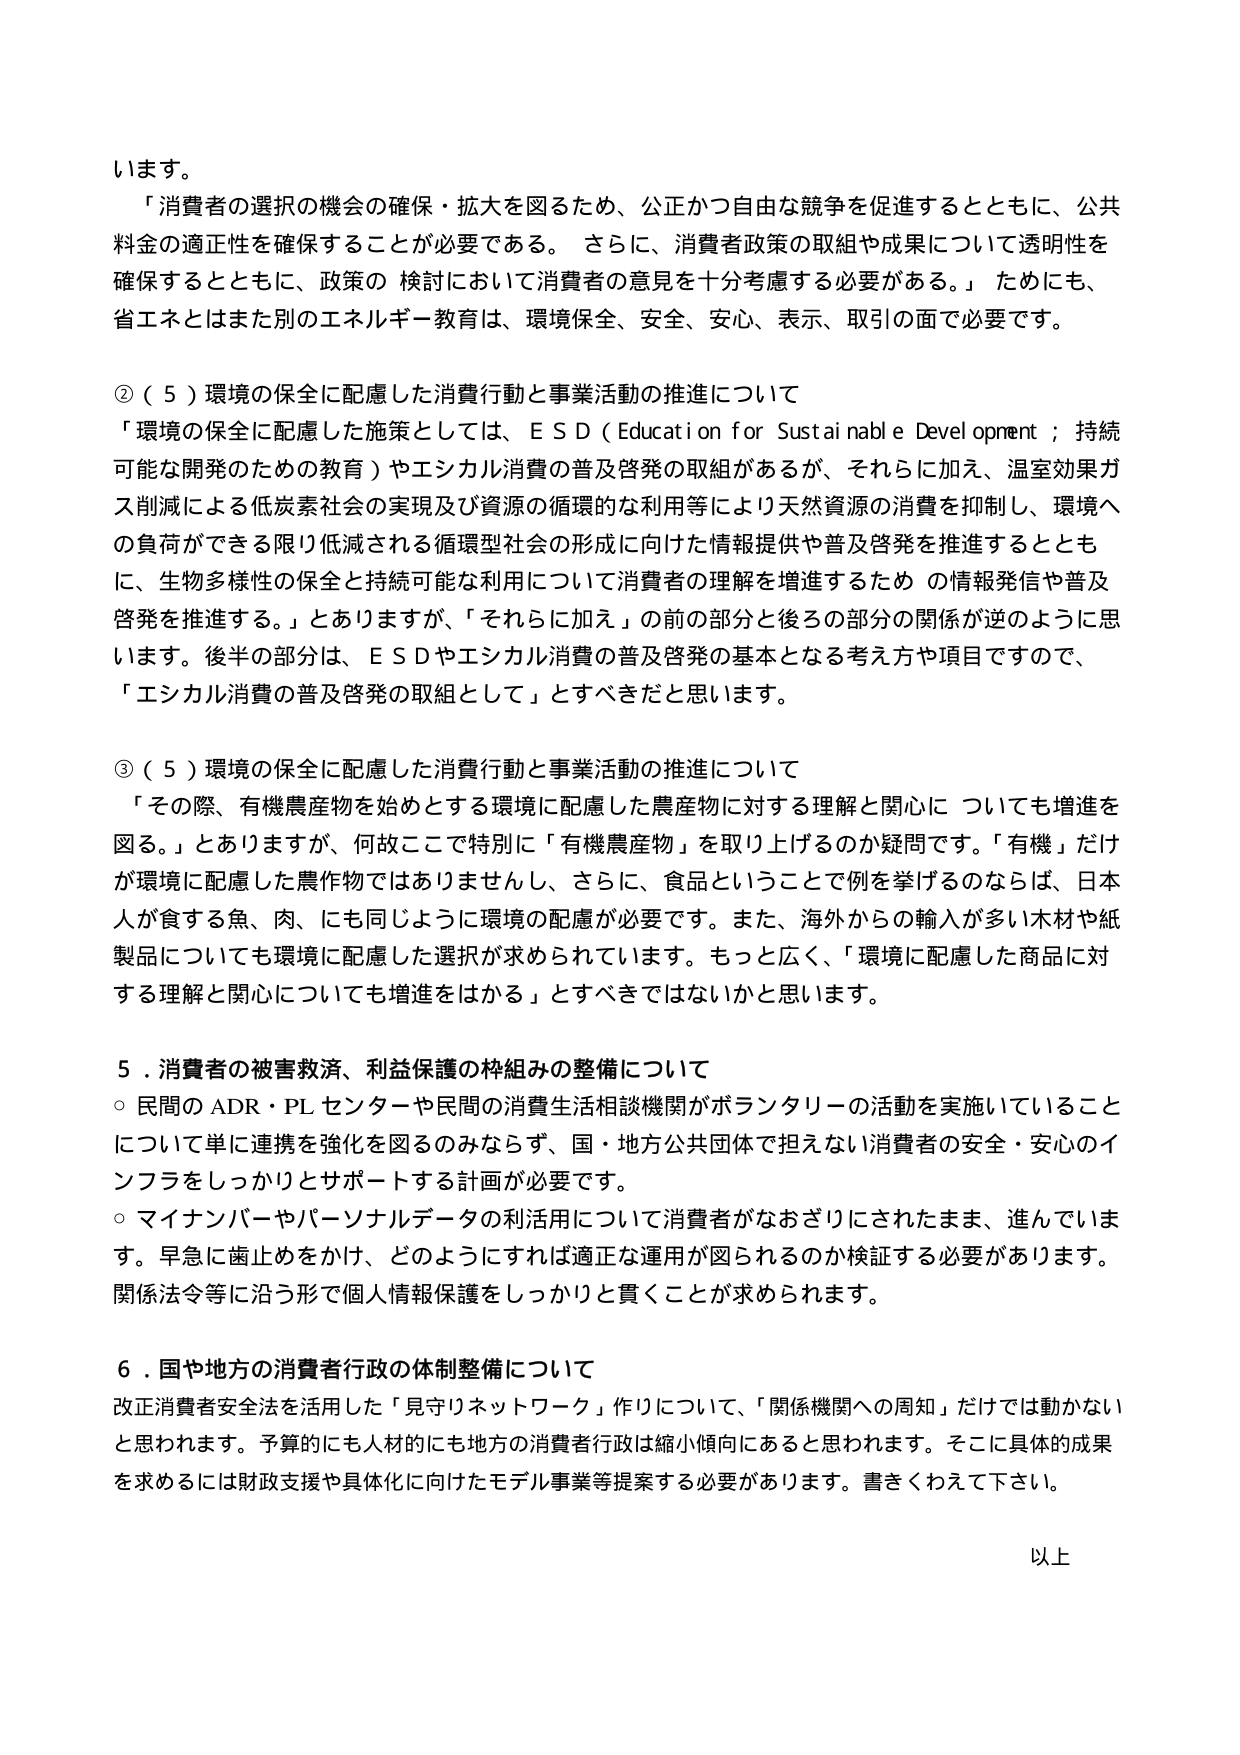
います。

「消費者の選択の機会の確保・拡大を図るため、公正かつ自由な競争を促進するとともに、公共料金の適正性を確保することが必要である。さらに、消費者政策の取組や成果について透明性を確保するとともに、政策の検討において消費者の意見を十分考慮する必要がある。」ためにも、省エネとはまた別のエネルギー教育は、環境保全、安全、安心、表示、取引の面で必要です。

②（５）環境の保全に配慮した消費行動と事業活動の推進について
「環境の保全に配慮した施策としては、ＥＳＤ（Education for Sustainable Development；持続可能な開発のための教育）やエシカル消費の普及啓発の取組があるが、それらに加え、温室効果ガス削減による低炭素社会の実現及び資源の循環的な利用等により天然資源の消費を抑制し、環境への負荷ができる限り低減される循環型社会の形成に向けた情報提供や普及啓発を推進するとともに、生物多様性の保全と持続可能な利用について消費者の理解を増進するための情報発信や普及啓発を推進する。」とありますが、「それらに加え」の前の部分と後ろの部分の関係が逆のように思います。後半の部分は、ＥＳＤやエシカル消費の普及啓発の基本となる考え方や項目ですので、「エシカル消費の普及啓発の取組として」とすべきだと思います。

③（５）環境の保全に配慮した消費行動と事業活動の推進について
「その際、有機農産物を始めとする環境に配慮した農産物に対する理解と関心についても増進を図る。」とありますが、何故ここで特別に「有機農産物」を取り上げるのか疑問です。「有機」だけが環境に配慮した農作物ではありませんし、さらに、食品ということで例を挙げるのならば、日本人が食する魚、肉、にも同じように環境の配慮が必要です。また、海外からの輸入が多い木材や紙製品についても環境に配慮した選択が求められています。もっと広く、「環境に配慮した商品に対する理解と関心についても増進をはかる」とすべきではないかと思います。

５．消費者の被害救済、利益保護の枠組みの整備について
○ 民間のADR・PLセンター や民間の消費生活相談機関がボランタリーの活動を実施していることについて単に連携を強化を図るのみならず、国・地方公共団体で担えない消費者の安全・安心のインフラをしっかりとサポートする計画が必要です。
○ マイナンバーやパーソナルデータの利活用について消費者がなおざりにされたまま、進んでいます。早急に歯止めをかけ、どのようにすれば適正な運用が図られるのか検証する必要があります。関係法令等に沿う形で個人情報保護をしっかりと貫くことが求められます。

６．国や地方の消費者行政の体制整備について
改正消費者安全法を活用した「見守りネットワーク」作りについて、「関係機関への周知」だけでは動かないと思われます。予算的にも人材的にも地方の消費者行政は縮小傾向にあると思われます。そこに具体的成果を求めるには財政支援や具体化に向けたモデル事業等提案する必要があります。書きくわえて下さい。

以上